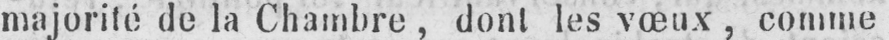
majorité de la Chambre, dont les vœux, comme